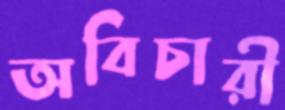
অবিচারী